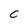
Character: c